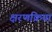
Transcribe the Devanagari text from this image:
क्षरणक्रिया